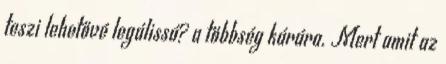
teszi lehetővé legálissá? a többség kárára. Mert amit az